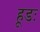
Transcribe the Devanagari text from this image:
हूडः